Annual administration report of the Bombay Presidency - 1887-1892
Year: 1887
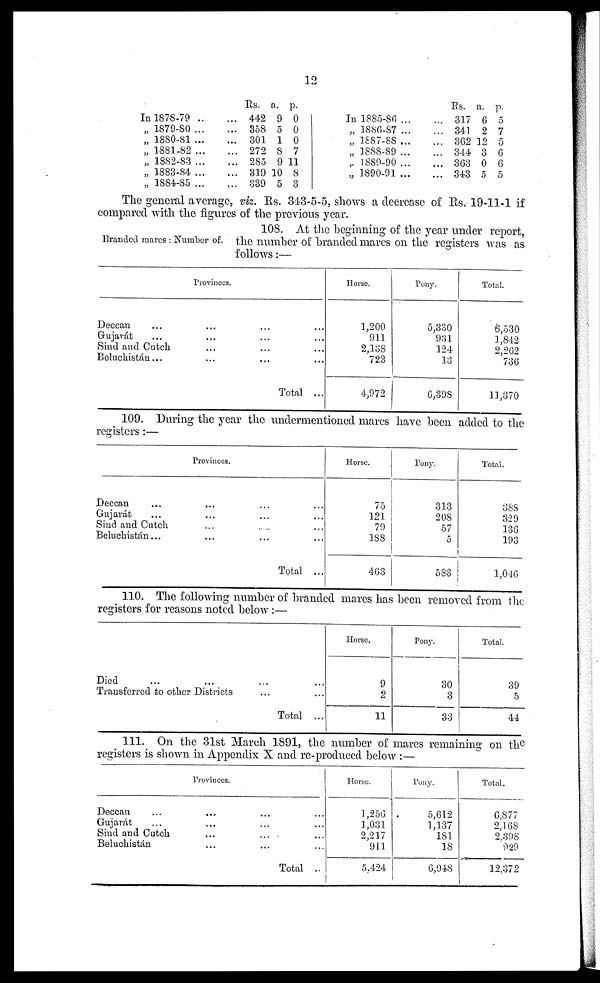
12
In 1878-79 ..
„ 1879-80 ...
„ 1880-81 ...
„ 1881-82 ...
„ 1882-83 ...
„ 1883-84 ...
„ 1884-85 ...
...
...
...
...
...
...
...
Rs.
442
358
301
272
285
319
339
a.
9
5
1
8
9
10
5
p.
0
0
0
7
11
8
3
In 1885-86 ...
„ 1886-87 ...
„ 1887-88 ...
„ 1888-89 ...
„ 1889-90 ...
„ 1890-91 ...
...
...
...
...
...
...
Rs.
317
341
362
344
363
343
a.
6
2
12
3
0
5
p.
5
7
5
6
6
5
The general average, viz. Rs. 343-5-5, shows a decrease of Rs.19-11-1 if
compared with the figures of the previous year.
Branded mares : Number of.
108. At the beginning of the year under report,
the number of branded mares on the registers was as
follows:—
Provinces.
Deccan ...
Gujarát ...
Sind and Cutch
Beluchistán...
...
...
...
...
...
...
...
...
...
...
...
...
Total ...
Horse.
1,200
911
2,138
723
4,972
Pony.
5,330
931
124
13
6,398
Total.
6,530
1,842
2,262
736
11,370
109. During the year the undermentioned mares have been added to the
registers :—
Provinces.
Deccan ...
Gujarát ...
Sind and Cutch
Beluchistán...
...
...
...
...
...
...
...
...
...
...
...
...
Total ...
Horse.
75
121
79
188
463
Pony.
313
208
57
5
583
Total.
388
329
136
193
1,046
110. The following number of branded mares has been removed from the
registers for reasons noted below :—
Died ... ...
Transferred to other Districts
...
...
...
...
Total ...
Horse.
9
2
11
Pony.
30
3
33
Total.
39
5
44
111. On the 31st March 1891, the number of mares remaining on the
registers is shown in Appendix X and re-produced below :—
Provinces.
Deccan ...
Gujarát ...
Sind and Cutch
Beluchistán
...
...
...
...
...
...
...
...
...
...
...
...
Total ..
Horse.
1,256
1,031
2,217
911
5,424
Pony.
5,612
1,137
181
18
6,948
Total.
6,877
2,168
2,398
929
12,372